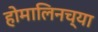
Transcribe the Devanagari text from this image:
होमालिनच्या